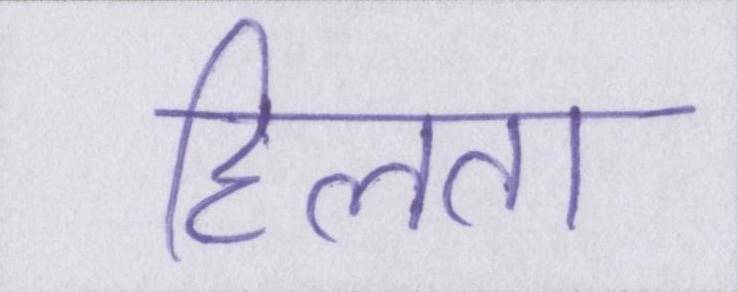
हिलता